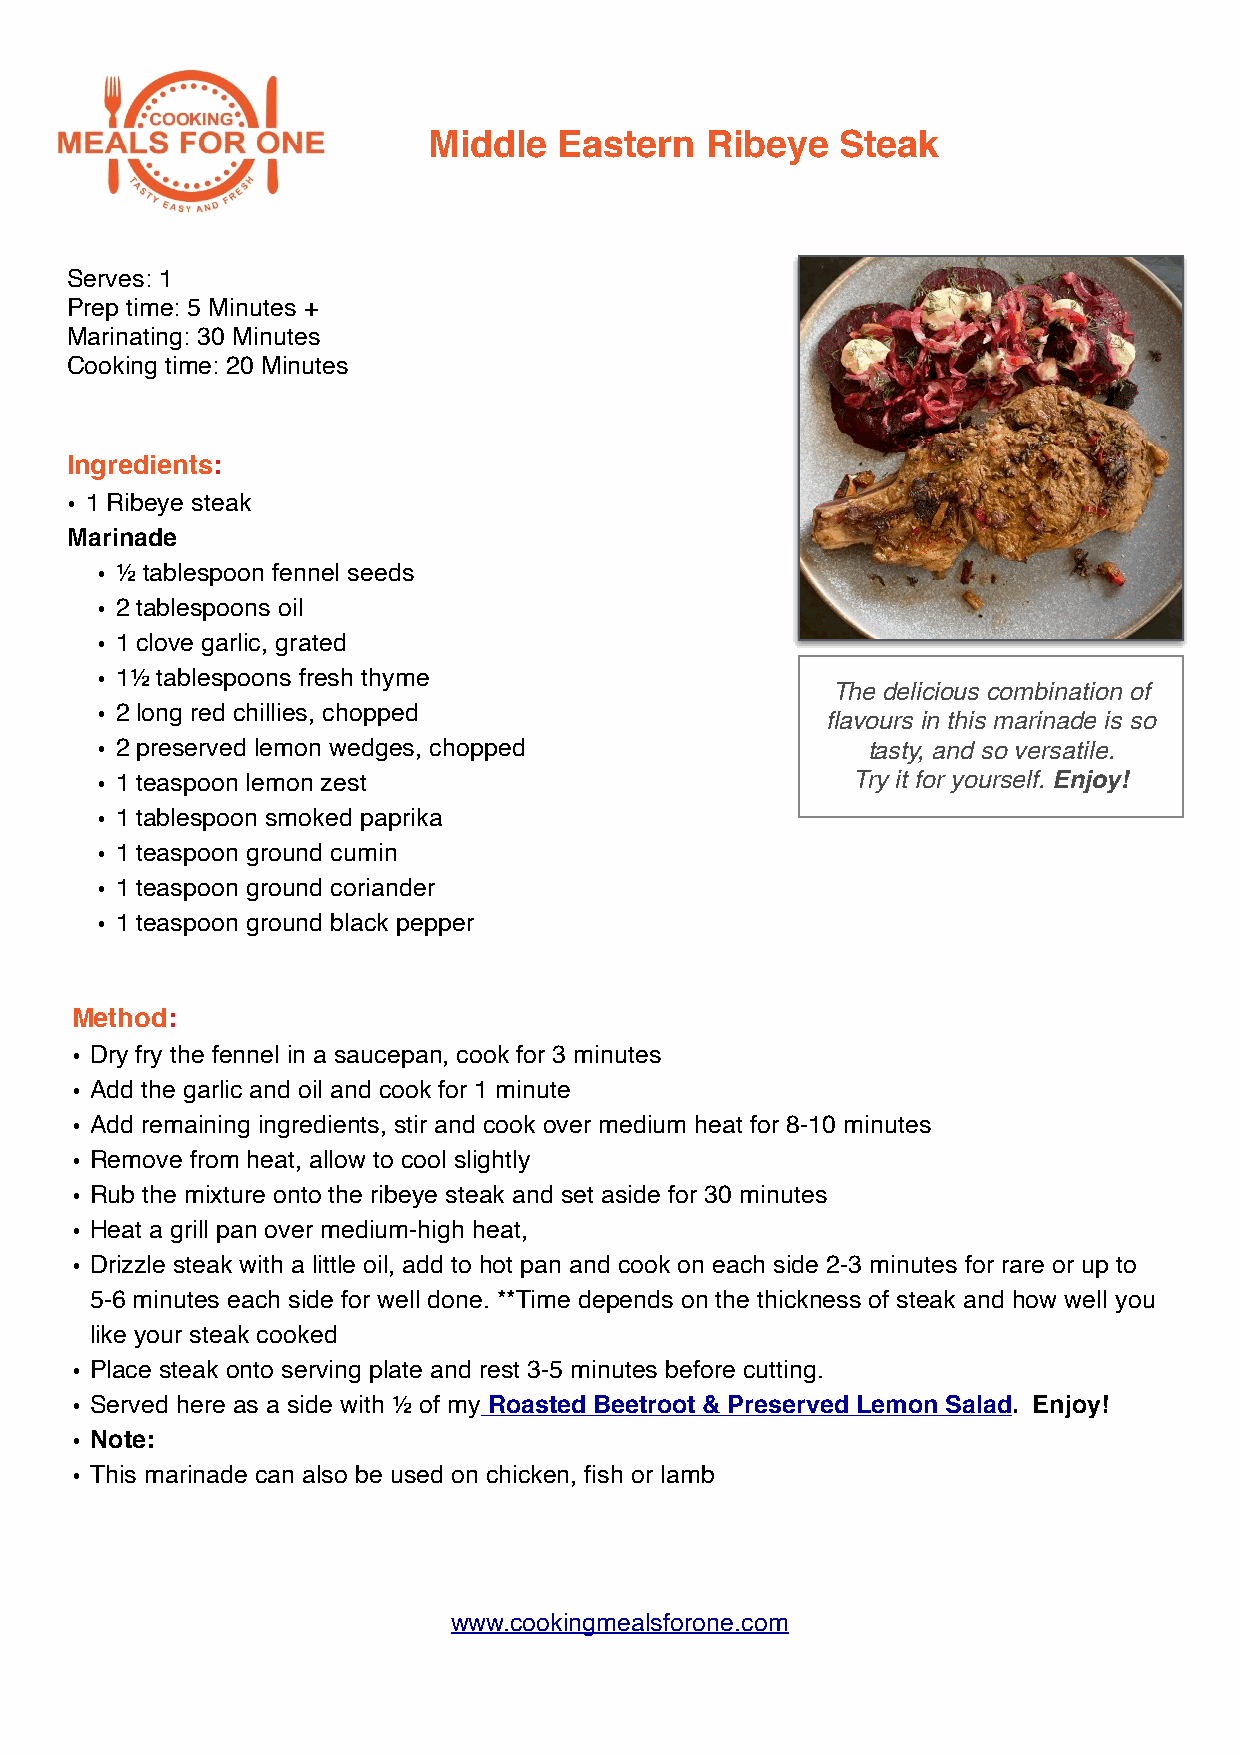
Middle   Eastern   Ribeye   Steak
 Serves: 1
 Prep time: 5 Minutes +
 Marinating: 30 Minutes
 Cooking time: 20 Minutes
 Ingredients:
 • 1 Ribeye steak
 Marinade
 • ½ tablespoon fennel seeds
 • 2 tablespoons oil
 • 1 clove garlic, grated
 • 1½ tablespoons fresh thyme
 The delicious combination of
 • 2 long red chillies, chopped
 flavours in this marinade is so
 • 2 preserved lemon wedges, chopped                tasty, and so versatile.
 • 1 teaspoon lemon zest                           Try it for yourself. Enjoy!
 • 1 tablespoon smoked paprika
 • 1 teaspoon ground cumin
 • 1 teaspoon ground coriander
 • 1 teaspoon ground black pepper
 Method:
 • Dry fry the fennel in a saucepan, cook for 3 minutes
 • Add the garlic and oil and cook for 1 minute
 • Add remaining ingredients, stir and cook over medium heat for 8-10 minutes
 • Remove from heat, allow to cool slightly
 • Rub the mixture onto the ribeye steak and set aside for 30 minutes
 • Heat a grill pan over medium-high heat,
 • Drizzle steak with a little oil, add to hot pan and cook on each side 2-3 minutes for rare or up to
 5-6 minutes each side for well done. **Time depends on the thickness of steak and how well you
 like your steak cooked
 • Place steak onto serving plate and rest 3-5 minutes before cutting.
 • Served here as a side with ½ of my Roasted Beetroot & Preserved Lemon Salad. Enjoy!
 • Note:
 • This marinade can also be used on chicken, fish or lamb
 www.cookingmealsforone.com